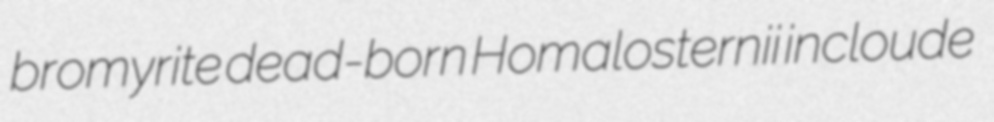
bromyrite dead-born Homalosternii incloude